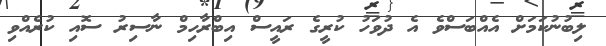
ލިބުނުކަމަށް އެއްބަސްވެ އެ ދުވަހު ކުރީގެ ރައީސް އިބްރާހިމް ނާސިރު ސޮއި ކުރެއްވި